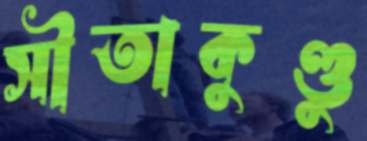
সীতাকুণ্ডু